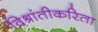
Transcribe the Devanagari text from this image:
विश्रांतीकरिता